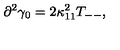
\partial ^ { 2 } \gamma _ { 0 } = 2 \kappa _ { 1 1 } ^ { 2 } T _ { -- } ,